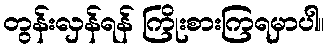
တွန်းလှန်ရန် ကြိုးစားကြရမှာပါ။